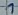
Text: 1